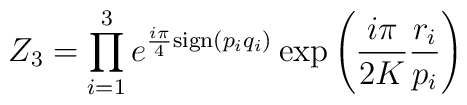
Z_{3}=\prod_{i=1}^{3}e^{\frac{i\pi}{4}{\rm sign}(p_{i}q_{i})}\exp\left(\frac{i\pi}{2K}\frac{r_{i}}{p_{i}}\right)